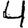
Digit: 4